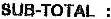
SUB-TOTAL :